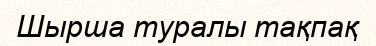
Шырша туралы тақпақ